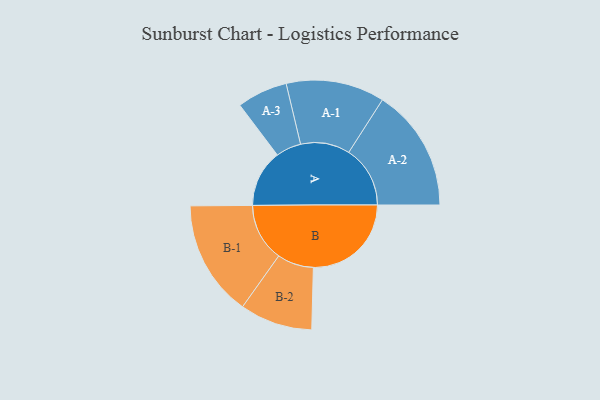
{"axis": {"x": "Segment", "y": "Value"}, "legend": ["", "A", "B"], "data": [{"x": "A", "y": 269, "type": ""}, {"x": "B", "y": 461, "type": ""}, {"x": "A-1", "y": 232, "type": "A"}, {"x": "A-2", "y": 289, "type": "A"}, {"x": "A-3", "y": 119, "type": "A"}, {"x": "B-1", "y": 273, "type": "B"}, {"x": "B-2", "y": 171, "type": "B"}]}